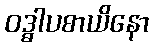
ဝဒ္ဓါပစာယိနော